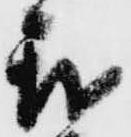
我